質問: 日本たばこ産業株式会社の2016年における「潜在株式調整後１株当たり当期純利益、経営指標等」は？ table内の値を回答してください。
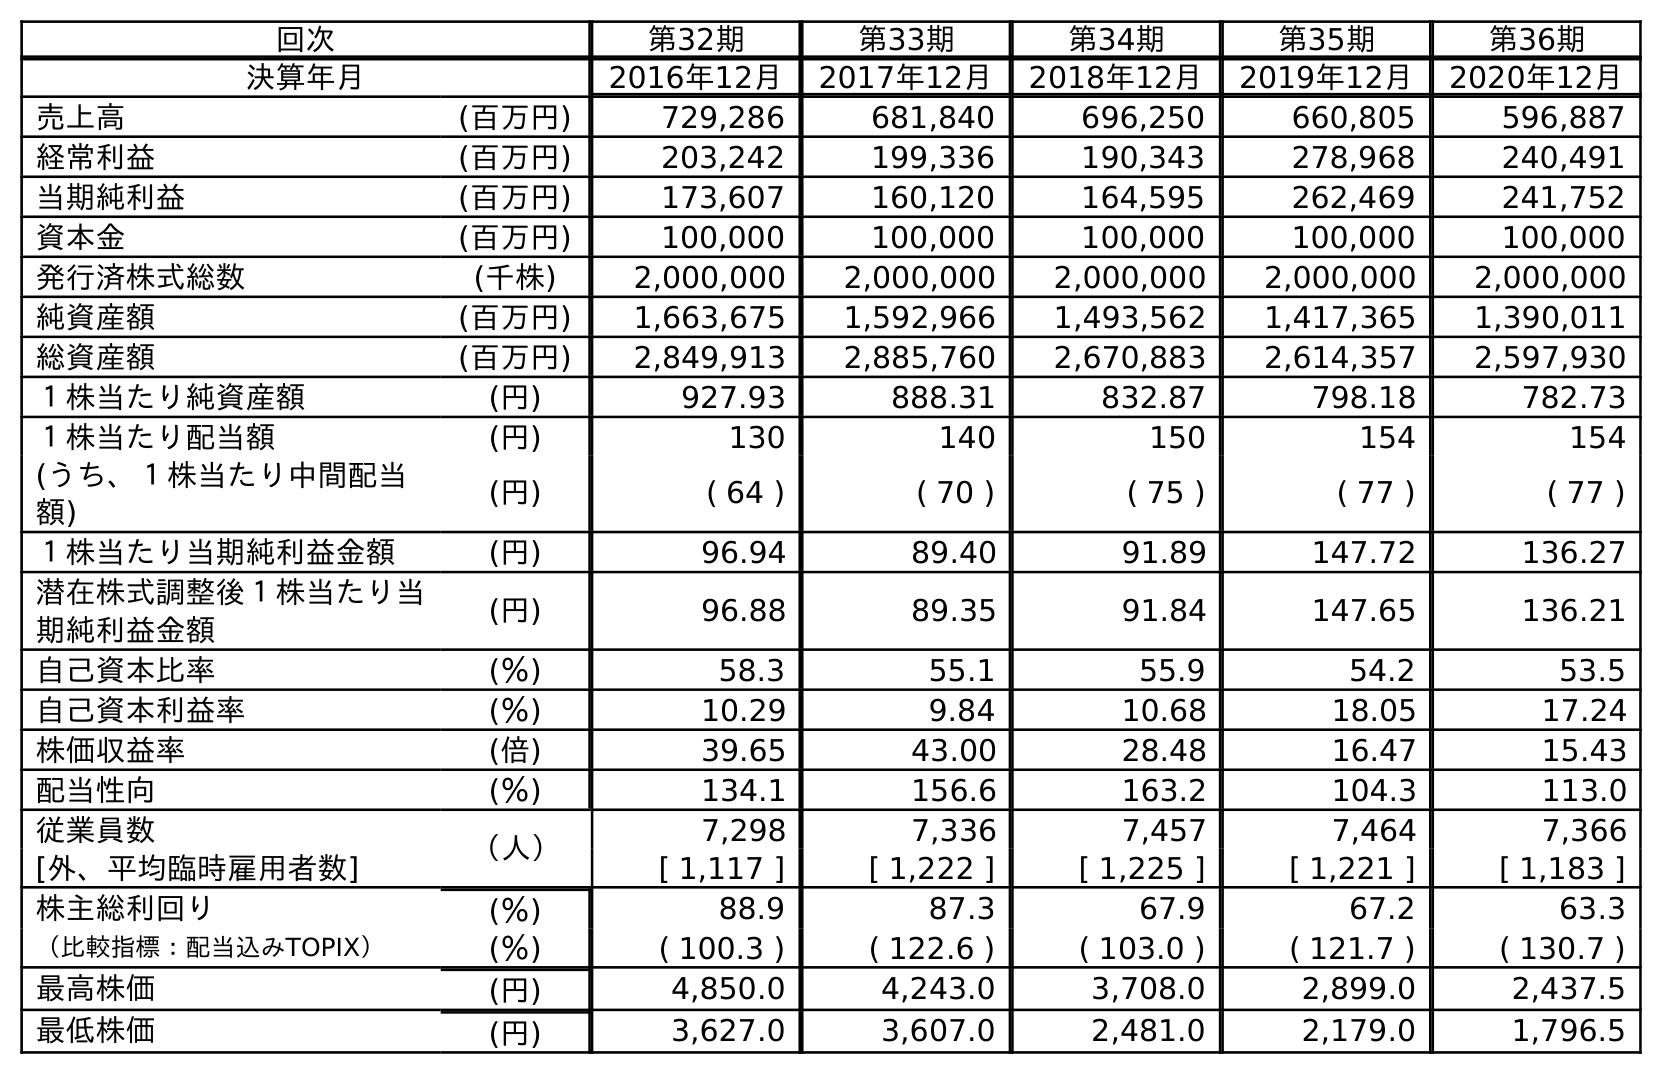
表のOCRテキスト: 回次 第32期 第33期 第34期 第35期 第36期 決算年月 2016年12月 2017年12月 2018年12月 2019年12月 2020年12月 売上高 (百万円) 729,286 681,840 696,250 660,805 596,887 経常利益 (百万円) 203,242 199,336 190,343 278,968 240,491 当期純利益 (百万円) 173,607 160,120 164,595 262,469 241,752 資本金 (百万円) 100,000 100,000 100,000 100,000 100,000 発行済株式総数 (千株) 2,000,000 2,000,000 2,000,000 2,000,000 2,000,000 純資産額 (百万円) 1,663,675 1,592,966 1,493,562 1,417,365 1,390,011 総資産額 (百万円) 2,849,913 2,885,760 2,670,883 2,614,357 2,597,930 １株当たり純資産額 (円) 927.93 888.31 832.87 798.18 782.73 １株当たり配当額 (円) 130 140 150 154 154 (うち、１株当たり中間配当 額) (円) ( 64 ) ( 70 ) ( 75 ) ( 77 ) ( 77 ) １株当たり当期純利益金額 (円) 96.94 89.40 91.89 147.72 136.27 潜在株式調整後１株当たり当 期純利益金額 (円) 96.88 89.35 91.84 147.65 136.21 自己資本比率 (％) 58.3 55.1 55.9 54.2 53.5 自己資本利益率 (％) 10.29 9.84 10.68 18.05 17.24 株価収益率 (倍) 39.65 43.00 28.48 16.47 15.43 配当性向 (％) 134.1 156.6 163.2 104.3 113.0 従業員数 （人） 7,298 7,336 7,457 7,464 7,366 [外、平均臨時雇用者数] [ 1,117 ] [ 1,222 ] [ 1,225 ] [ 1,221 ] [ 1,183 ] 株主総利回り (％) 88.9 87.3 67.9 67.2 63.3 （比較指標：配当込みTOPIX） (％) ( 100.3 ) ( 122.6 ) ( 103.0 ) ( 121.7 ) ( 130.7 ) 最高株価 (円) 4,850.0 4,243.0 3,708.0 2,899.0 2,437.5 最低株価 (円) 3,627.0 3,607.0 2,481.0 2,179.0 1,796.5
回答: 96.88